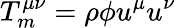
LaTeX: T_{m}^{\mu\nu}=\rho\phi u^{\mu}u^{\nu}